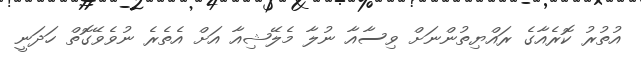
އުތުރު ކޮރެއާގެ ރައްޔިތުންނަށް ވިސާއާ ނުލާ މެލޭޝިއާ އަށް އެތެރެ ނުވެވޭގޮތް ހަދަނީ